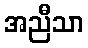
အညီသာ